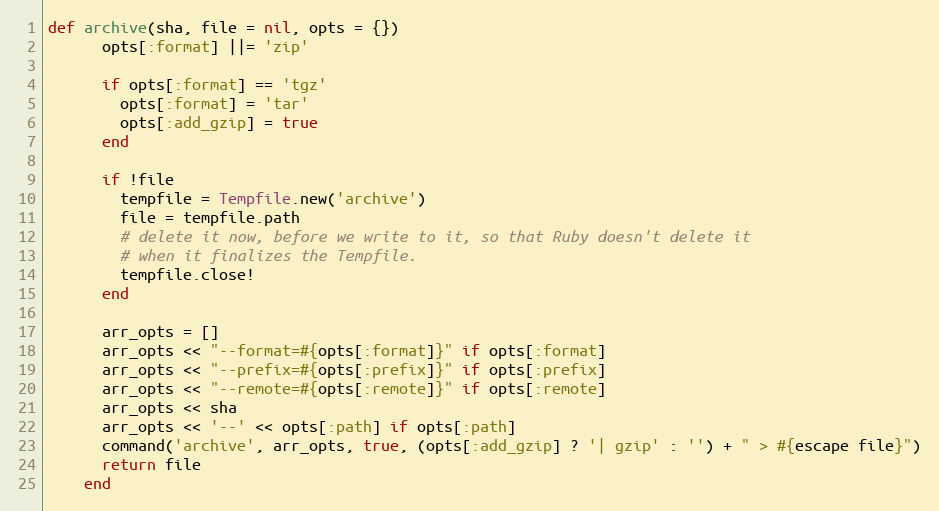
Language: Ruby
def archive(sha, file = nil, opts = {})
      opts[:format] ||= 'zip'

      if opts[:format] == 'tgz'
        opts[:format] = 'tar'
        opts[:add_gzip] = true
      end

      if !file
        tempfile = Tempfile.new('archive')
        file = tempfile.path
        # delete it now, before we write to it, so that Ruby doesn't delete it
        # when it finalizes the Tempfile.
        tempfile.close!
      end

      arr_opts = []
      arr_opts << "--format=#{opts[:format]}" if opts[:format]
      arr_opts << "--prefix=#{opts[:prefix]}" if opts[:prefix]
      arr_opts << "--remote=#{opts[:remote]}" if opts[:remote]
      arr_opts << sha
      arr_opts << '--' << opts[:path] if opts[:path]
      command('archive', arr_opts, true, (opts[:add_gzip] ? '| gzip' : '') + " > #{escape file}")
      return file
    end